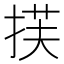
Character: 𫽈